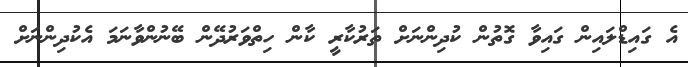
އެ ގައިޑްލައިން ގައިވާ ގޮތުން ކުދިންނަށް ތަރުކާރީ ކާން ހިތްވަރުދޭން ބޭނުންވާނަމަ އެކުދިންނަށް